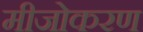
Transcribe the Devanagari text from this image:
मीजोकरण